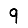
Digit: 9